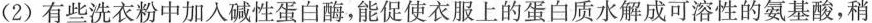
(2)有些洗衣粉中加入碱性蛋白酶，能促使衣服上的蛋白质水解成可溶性的氨基酸，稍